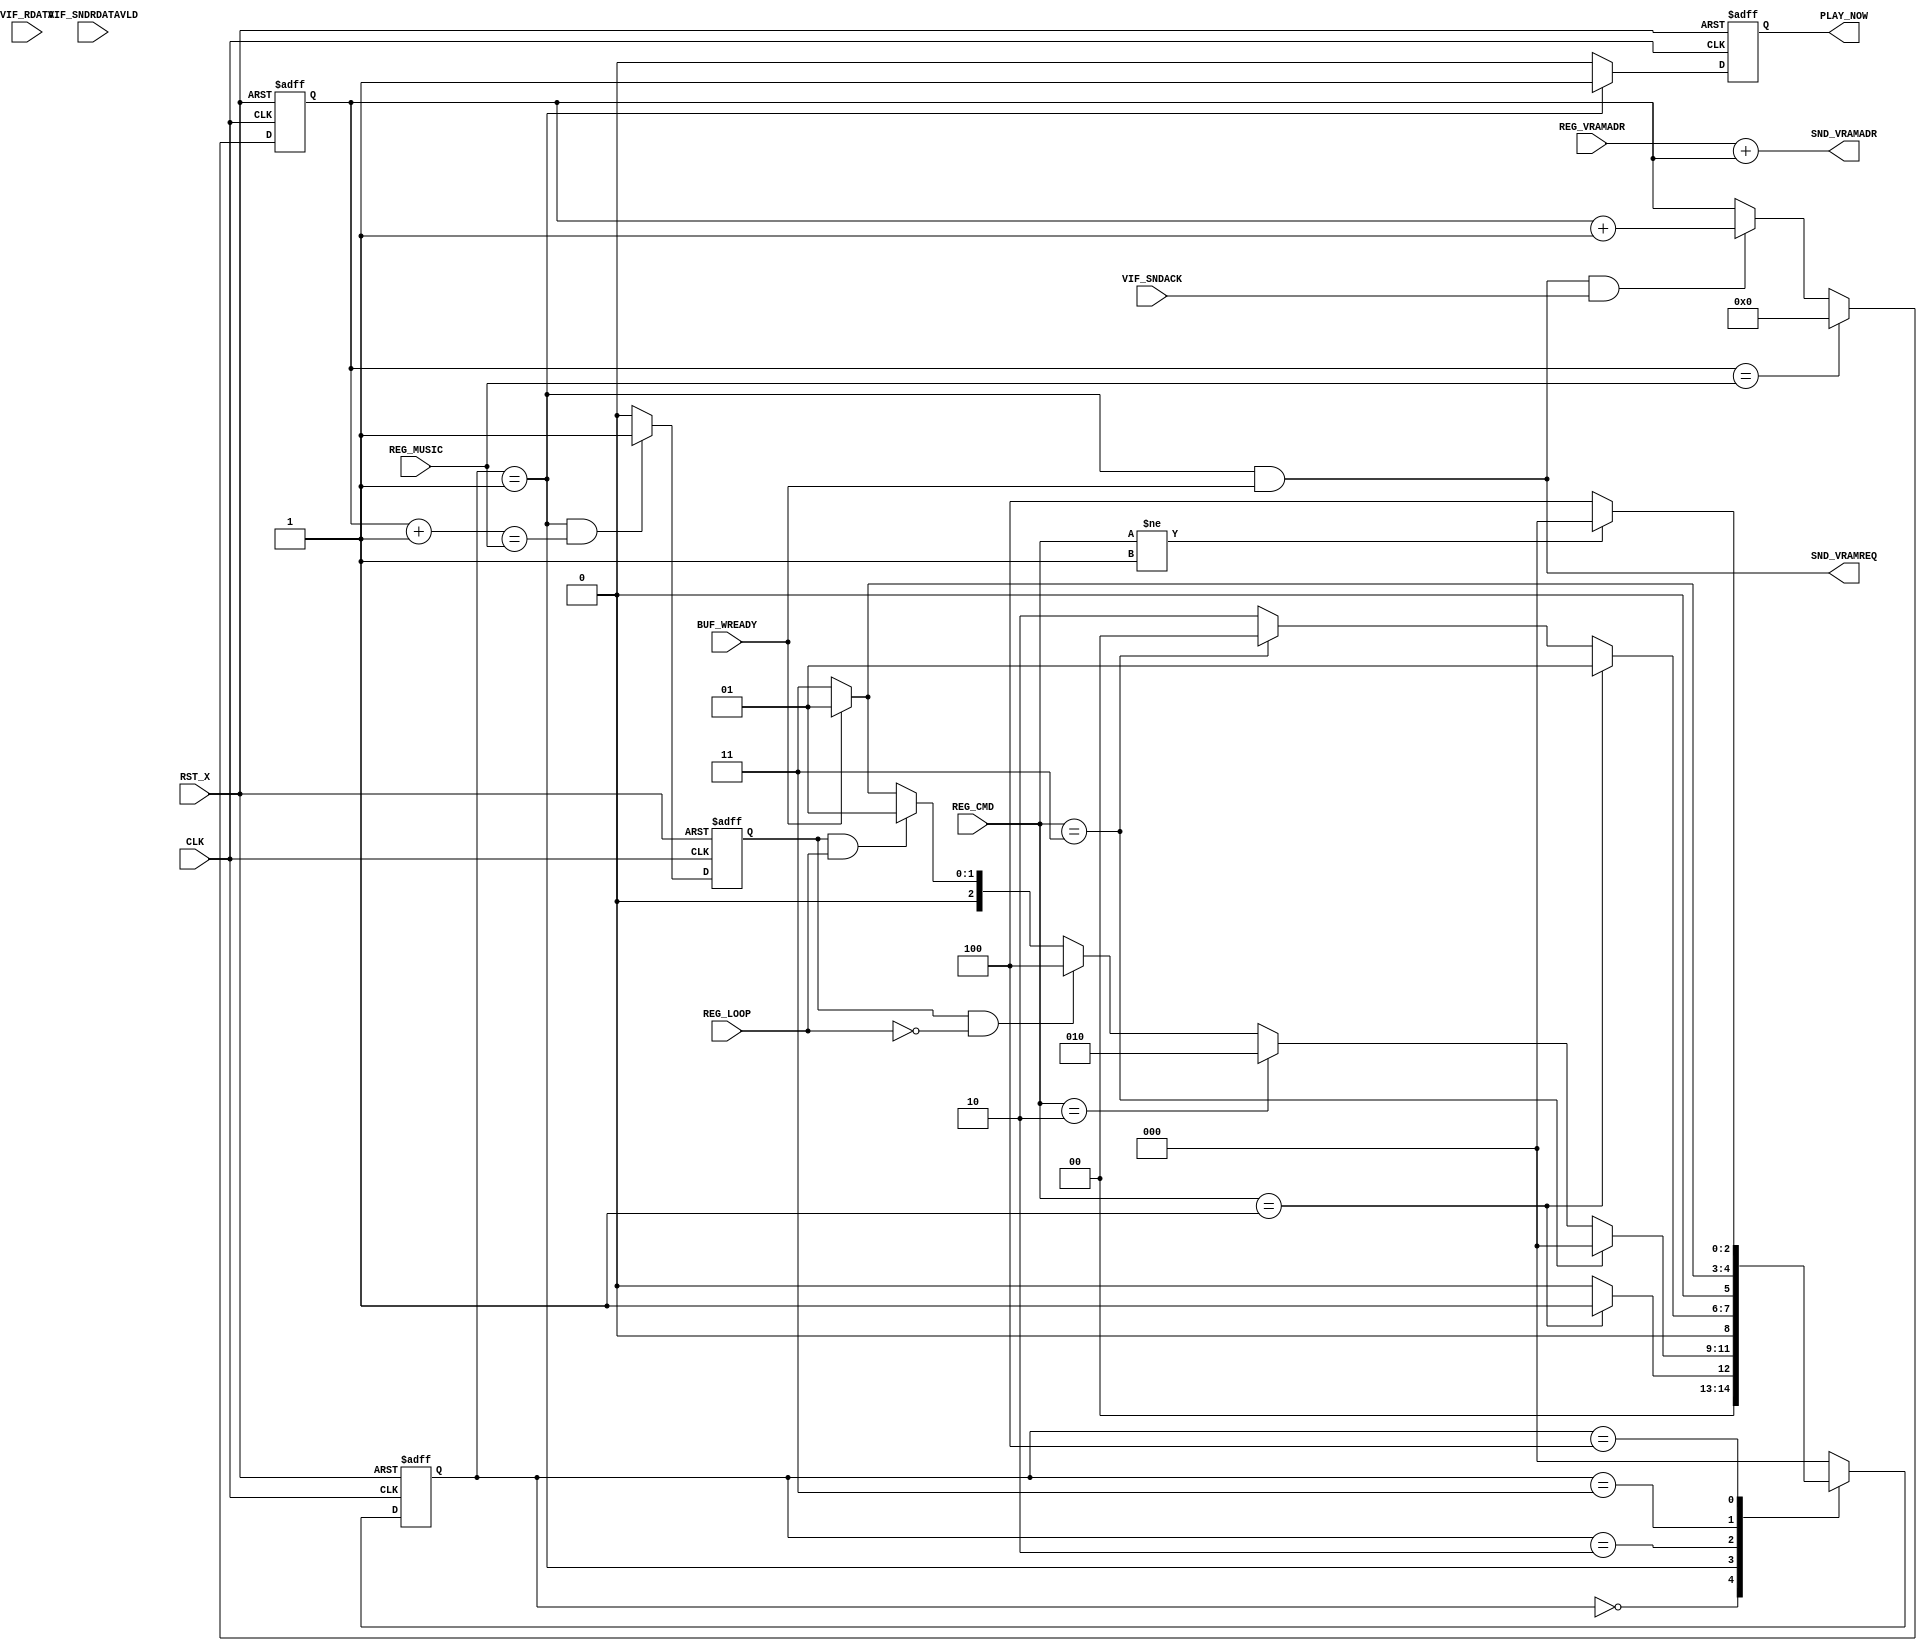
module snd_vramctrl
  (
   input         CLK,
   input         RST_X,
   input [22:0]  REG_VRAMADR,
   input		 BUF_WREADY,
   input [ 1:0]  REG_CMD,
   input 		 REG_LOOP,
   input [31:0]  REG_MUSIC,
   input         VIF_SNDACK,
   input         VIF_SNDRDATAVLD,
   input  [63:0] VIF_RDATA,

   output        SND_VRAMREQ,
   output [22:0] SND_VRAMADR,
   output reg    PLAY_NOW
   );

   reg[22:0] addcount; //read timing
   reg	endflg; //flag of music end

	// state values
	reg [2:0] state, nextState;
	parameter S_IDLE  = 3'b000;
	parameter S_PLAY  = 3'b001;
	parameter S_PAUSE = 3'b010;
	parameter S_WAIT  = 3'b011;
	parameter S_END	  = 3'b100;

	//send a request if state == play
	assign SND_VRAMREQ = (state == S_PLAY) && BUF_WREADY;

	//REG_VRAMADR + read timing
	assign SND_VRAMADR = {REG_VRAMADR + addcount};

	/* not used */
	// PLAY_NOW ... output singnal if state == play
	always @ (posedge CLK or negedge RST_X) begin
        if( !RST_X )
			PLAY_NOW <= 1'b0;
 		else if(state == S_PLAY)
			PLAY_NOW <= 1'b1;
		else
			PLAY_NOW <= 1'b0;
	end

	// addcount
	always @ (posedge CLK or negedge RST_X) begin
        if( !RST_X )
			addcount <= 23'b0;
		else if(/*state == S_PLAY && */ addcount == (REG_MUSIC))
			addcount <= 23'b0;
 		else if((SND_VRAMREQ == 1)&&(VIF_SNDACK == 1))
			addcount <= addcount + 23'b1;
	end

	// endflg
	always @ (posedge CLK or negedge RST_X) begin
        if( !RST_X )
			endflg <= 1'b0;
		else if(state == S_PLAY && (addcount+1) == REG_MUSIC)  // -1 to fix gap
			endflg <= 1'b1;
		else
			endflg <= 1'b0;
	end

	// state FF
    always @( posedge CLK, negedge RST_X ) begin
       if( !RST_X )
           state <= S_IDLE;
       else
           state <= nextState;
    end

	// state machine
	always @* begin
		case( state )
			S_IDLE :
				if (REG_CMD == 2'b01) nextState <= S_PLAY;
				else nextState <= S_IDLE;

			S_PLAY : //001
				if (REG_CMD == 2'b11) nextState <= S_IDLE; //~
				else if( REG_CMD == 2'b10 ) nextState <= S_PAUSE;

				//music end && not loop -> end
				else if( endflg == 1'b1 && REG_LOOP == 1'b0 ) nextState <= S_END;
				//music end && loop -> play
				//else if( endflg == 1'b1 && REG_LOOP == 1'b1 ) nextState <= S_IDLE;
				else if( endflg == 1'b1 && REG_LOOP == 1'b1 ) nextState <= S_PLAY;

				else if( BUF_WREADY == 1'b0 ) nextState <= S_WAIT;
				else nextState <= S_PLAY;

			S_PAUSE : //010
				if (REG_CMD == 2'b01) nextState <= S_PLAY;
				else if(REG_CMD == 2'b11) nextState <= S_IDLE;
				else nextState <= S_PAUSE;

			S_WAIT : //011
				if ( BUF_WREADY == 1'b1 ) nextState <= S_PLAY;
				else nextState <= S_WAIT;

			S_END :	//100
				if( REG_CMD != 2'b01 ) nextState <= S_IDLE;
				else nextState <= S_END;
			default  :
				nextState <= S_IDLE;
		endcase
	end

endmodule